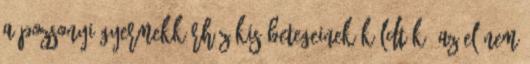
a pozsonyi gyermekkórház kis betegeinek küldték. Az el nem